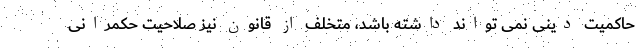
حاکمیت دینی نمی ­تواند داشته باشد، متخلف از قانون نیز صلاحیت حکمرانی